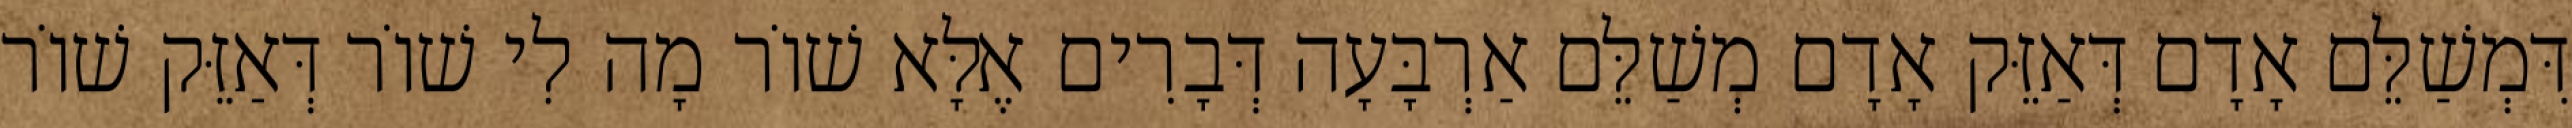
דִּמְשַׁלֵּם אָדָם דְּאַזֵּק אָדָם מְשַׁלֵּם אַרְבָּעָה דְּבָרִים אֶלָּא שׁוֹר מָה לִי שׁוֹר דְּאַזֵּק שׁוֹר